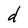
Character: d